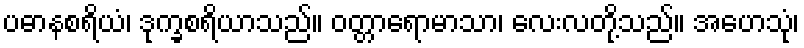
ပဓာနစရိယံ၊ ဒုက္ခစရိယာသည်။ ဝတ္တာရောမာသာ၊ လေးလတို့သည်။ အဟေသုံ၊